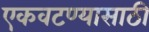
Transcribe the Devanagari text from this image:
एकवटण्यासाठी